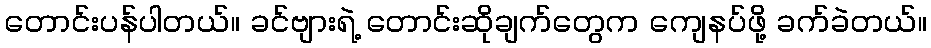
တောင်းပန်ပါတယ်။ ခင်ဗျားရဲ့ တောင်းဆိုချက်တွေက ကျေနပ်ဖို့ ခက်ခဲတယ်။